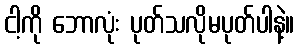
ငါ့ကို ဘောလုံး ပုတ်သလိုမပုတ်ပါနဲ့။